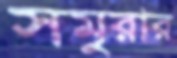
সমুরার